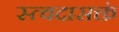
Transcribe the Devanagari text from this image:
स्त्वदासक्तं